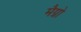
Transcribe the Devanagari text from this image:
मैग्नो